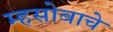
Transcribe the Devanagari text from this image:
म्हसोबाचे